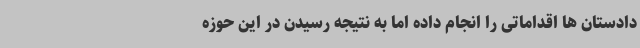
دادستان ها اقداماتی را انجام داده اما به نتیجه رسیدن در این حوزه